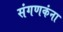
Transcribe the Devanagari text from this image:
संगणकंना